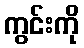
ကွင်းကို